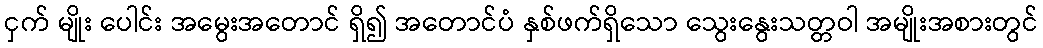
ငှက် မျိုး ပေါင်း အမွေးအတောင် ရှိ၍ အတောင်ပံ နှစ်ဖက်ရှိသော သွေးနွေးသတ္တဝါ အမျိုးအစားတွင်